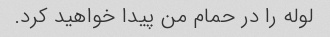
لوله را در حمام من پیدا خواهید کرد.